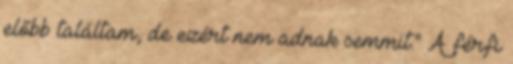
előbb találtam, de ezért nem adnak semmit." A férfi